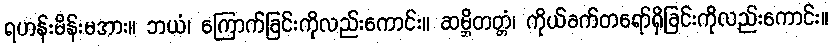
ရဟန်းမိန်းမအား။ ဘယံ၊ ကြောက်ခြင်းကိုလည်းကောင်း။ ဆမ္ဘိတတ္တံ၊ ကိုယ်ခက်တရော်ရှိခြင်းကိုလည်းကောင်း။